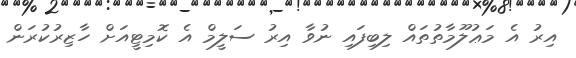
އިރު އެ މަޢުލޫމާތުތައް ލިބިފައި ނުވާ އިރު ސަލީމް އެ ކޮމިޓީއަށް ހާޒިރުކުރަން